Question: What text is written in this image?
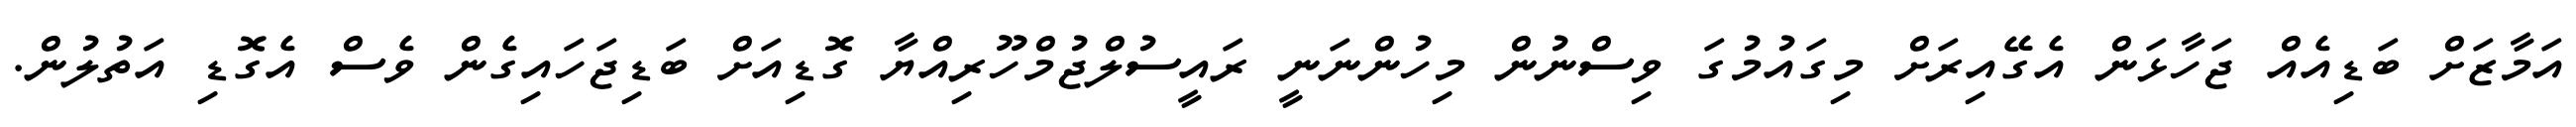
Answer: އަމާޒަށް ބަޑިއެއް ޖަހާޅަން އެގޭއިރަށް މިގައުމުގަ ވިސްނުން މިހުންނަނީ ރައީސުލްޖުމްހޫރިއްޔާ ގޮޑިއަށް ބަޑިޖަހައިގެން ވެސް އެގޮޑި އަތުލުން.